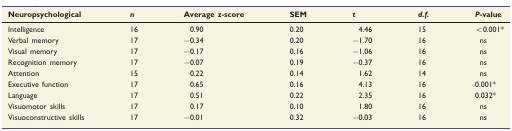
| Neuropsychological | n | Average z-score | SEM | t | d.f. | P-value |
 | --- | --- | --- | --- | --- | --- | --- |
 | Intelligence | 16 | 0.90 | 0.20 | 4.46 | 15 | <0.001 |
 | Verbal memory | 17 | −0.34 | 0.20 | −1.70 | 16 | ns |
 | Visual memory | 17 | −0.17 | 0.16 | −1.06 | 16 | ns |
 | Recognition memory | 17 | −0.07 | 0.19 | −0.37 | 16 | ns |
 | Attention | 15 | 0.22 | 0.14 | 1.62 | 14 | ns |
 | Executive function | 17 | 0.65 | 0.16 | 4.13 | 16 | 0.001 |
 | Language | 17 | 0.51 | 0.22 | 2.35 | 16 | 0.032 |
 | Visuomotor skills | 17 | 0.17 | 0.10 | 1.80 | 16 | ns |
 | Visuoconstructive skills | 17 | −0.01 | 0.32 | −0.03 | 16 | ns |